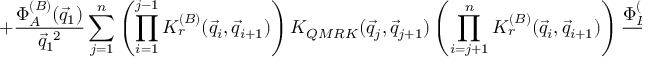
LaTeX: \left. + \frac { \Phi _ { A } ^ { ( B ) } ( { \vec { q } } _ { 1 } ) } { \vec { q } _ { 1 } ^ { ~ 2 } } \sum _ { j = 1 } ^ { n } \left( \prod _ { i = 1 } ^ { j - 1 } { \cal K } _ { r } ^ { ( B ) } ( \vec { q } _ { i } , \vec { q } _ { i + 1 } ) \right) { \cal K } _ { Q M R K } ( \vec { q } _ { j } , \vec { q } _ { j + 1 } ) \left( \prod _ { i = j + 1 } ^ { n } { \cal K } _ { r } ^ { ( B ) } ( \vec { q } _ { i } , \vec { q } _ { i + 1 } ) \right) \frac { \Phi _ { B } ^ { ( B ) } ( - { \vec { q } } _ { n + 1 } ) } { \vec { q } _ { n + 1 } ^ { ~ 2 } } \right\} ,